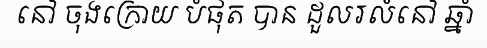
នៅ ចុងក្រោយ បំផុត បាន ដួលរលំនៅ ឆ្នាំ